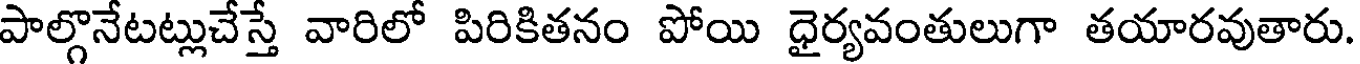
పాల్గొనేటట్లుచేస్తే వారిలో పిరికితనం పోయి ధైర్యవంతులుగా తయారవుతారు.